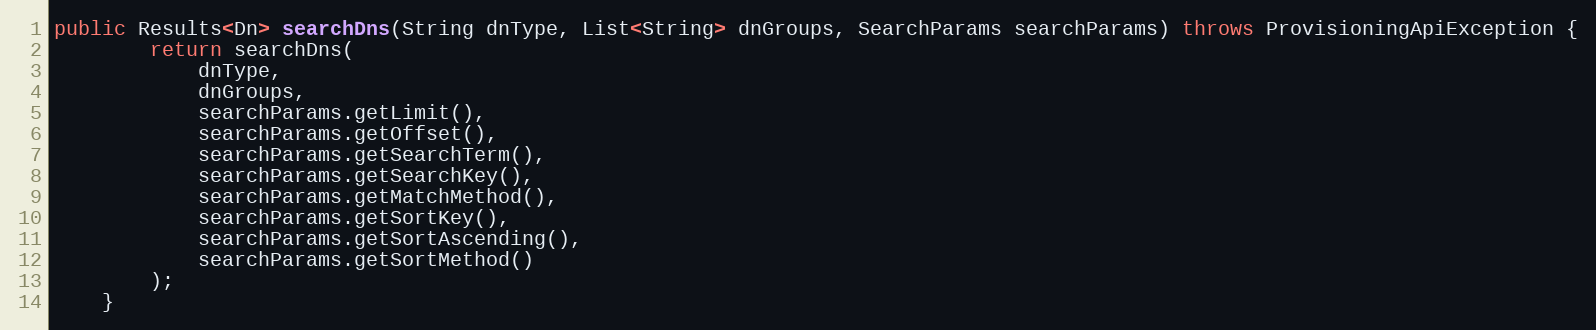
Language: Java
public Results<Dn> searchDns(String dnType, List<String> dnGroups, SearchParams searchParams) throws ProvisioningApiException {
		return searchDns(
			dnType,
			dnGroups,
			searchParams.getLimit(),
			searchParams.getOffset(),
			searchParams.getSearchTerm(),
			searchParams.getSearchKey(),
			searchParams.getMatchMethod(),
			searchParams.getSortKey(),
			searchParams.getSortAscending(),
			searchParams.getSortMethod()
		);
	}